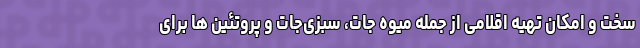
سخت و امکان تهیه اقلامی از جمله میوه جات، سبزی‌جات و پروتئین ها برای